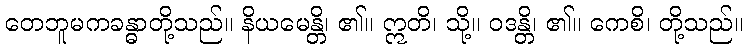
တေဘူမကခန္ဓာတို့သည်။ နိယမေန္တိ၊ ၏။ ဣတိ၊ သို့။ ဝဒန္တိ၊ ၏။ ကေစိ၊ တို့သည်။